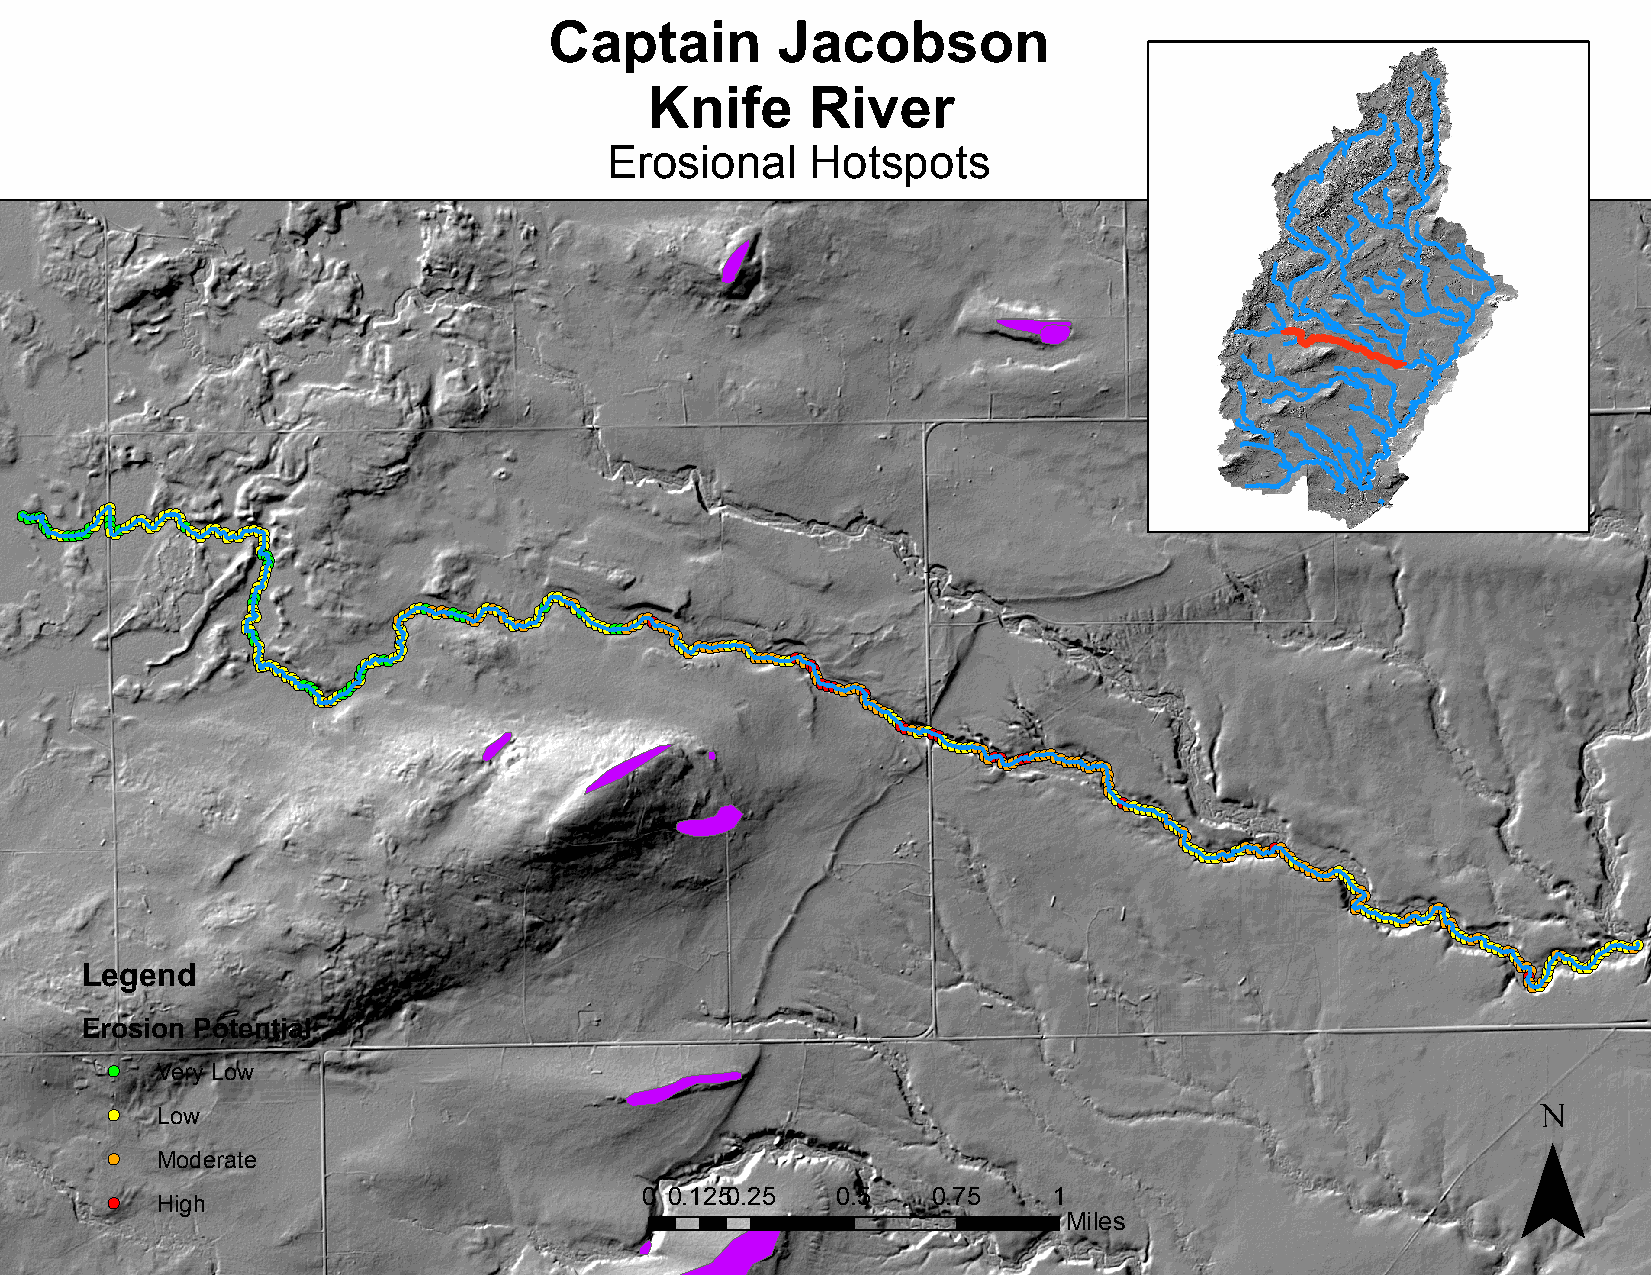
Captain        Jacobson
 Knife      River
 Erosional     Hotspots
 !(!(!(!(!(!(!(!(!(!(!(!(!(!(!(!(!(!(!(!(!( !(!(!(!(!(!(!(!(!(!(!(!(!(!(!(!(!(!(!(!(!(!(!(!(!(!(!(!(!(!(!(
 !(!(!(
 !(!(!(!(
 !(!(
 !(
 !(
 !(!( !(!(
 !(!(!(!(!(
 !(!( !(!(
 !(
 !(!(!(!(
 !(!(!( !(!(
 !(!(!(!(!(!(!(!(!(!(!(!(!(!(!(!(!(!(!(!(!(!(!(!(!(!(!(!(!(!(!(!( !(!( !(!( !(
 !(!(!(!(!(!(!(!(!(!(!(!(!(!(!(!(!(!(!(!(!(!(!(!(!(!(!(!(!(!(!(!(!(!(!(!(!(!(!(!(!(!(!(!(!(!(!(!(!(!(!(!(!(!(!(!(!(
 !(!( !(!(!(!(!(!(!(!(!(!(!(!(!(!(!(!(!(!(!(!(!(!(!(!(!(!(!(!(!(!(!(!(!(!(!(!(
 !(!(
 !(!(!(!(!(!(!(!(!(!(!(!(!(!(!(!(!(!(!(!(!(!(!(!(!(!(!(!(!(!(!(!(!(!(!(!(!(!(!(!(!(!(!(!(!(!(!(!(
 Legend
 !(!(
 !(!(!(!(!(!(!(!(!(!(!(!(!(!(!(!(!(
 !(!(
 !(!(!(!(!(!(!(!(!(!(!(!(!(!(!(!(!(!(!(!(!(!(!(!(!(!(!(!(!(!(!(!(!(!(
 !(!(!(!( !(!(
 !(!(!(!(!(!(!(!(!(!(!(!(!(!(!(!(!(!(!(!(!(!(!(!(!(!(!(!(!(!(!(!(!(!(!(!(
 !(!(!(
 !(!(!(!(!(!(!(!(!(!(!(!(!(!(!(!(!(!(!(!(!(!(!(!(
 Erosion Potential
 !( Very Low                                                                                   ¯
 !( Low
 !( Moderate
 !( High                             0 0.1250.25 0.5    0.75    1
 Miles